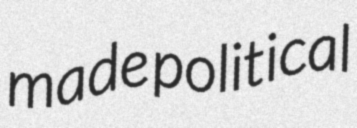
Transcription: made political